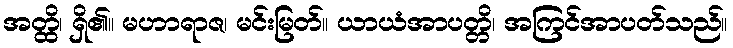
အတ္ထိ၊ ရှိ၏။ မဟာရာဇ၊ မင်းမြတ်။ ယာယံအာပတ္တိ၊ အကြင်အာပတ်သည်။